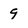
Character: 9